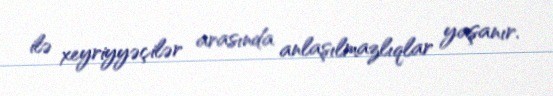
ilə xeyriyyəçilər arasında anlaşılmazlıqlar yaşanır.